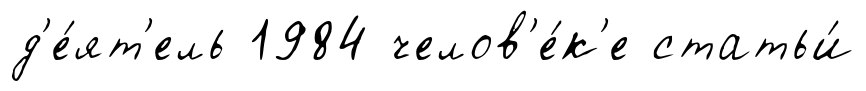
д'е́ят'ель 1984 челов'е́к'е статьи́